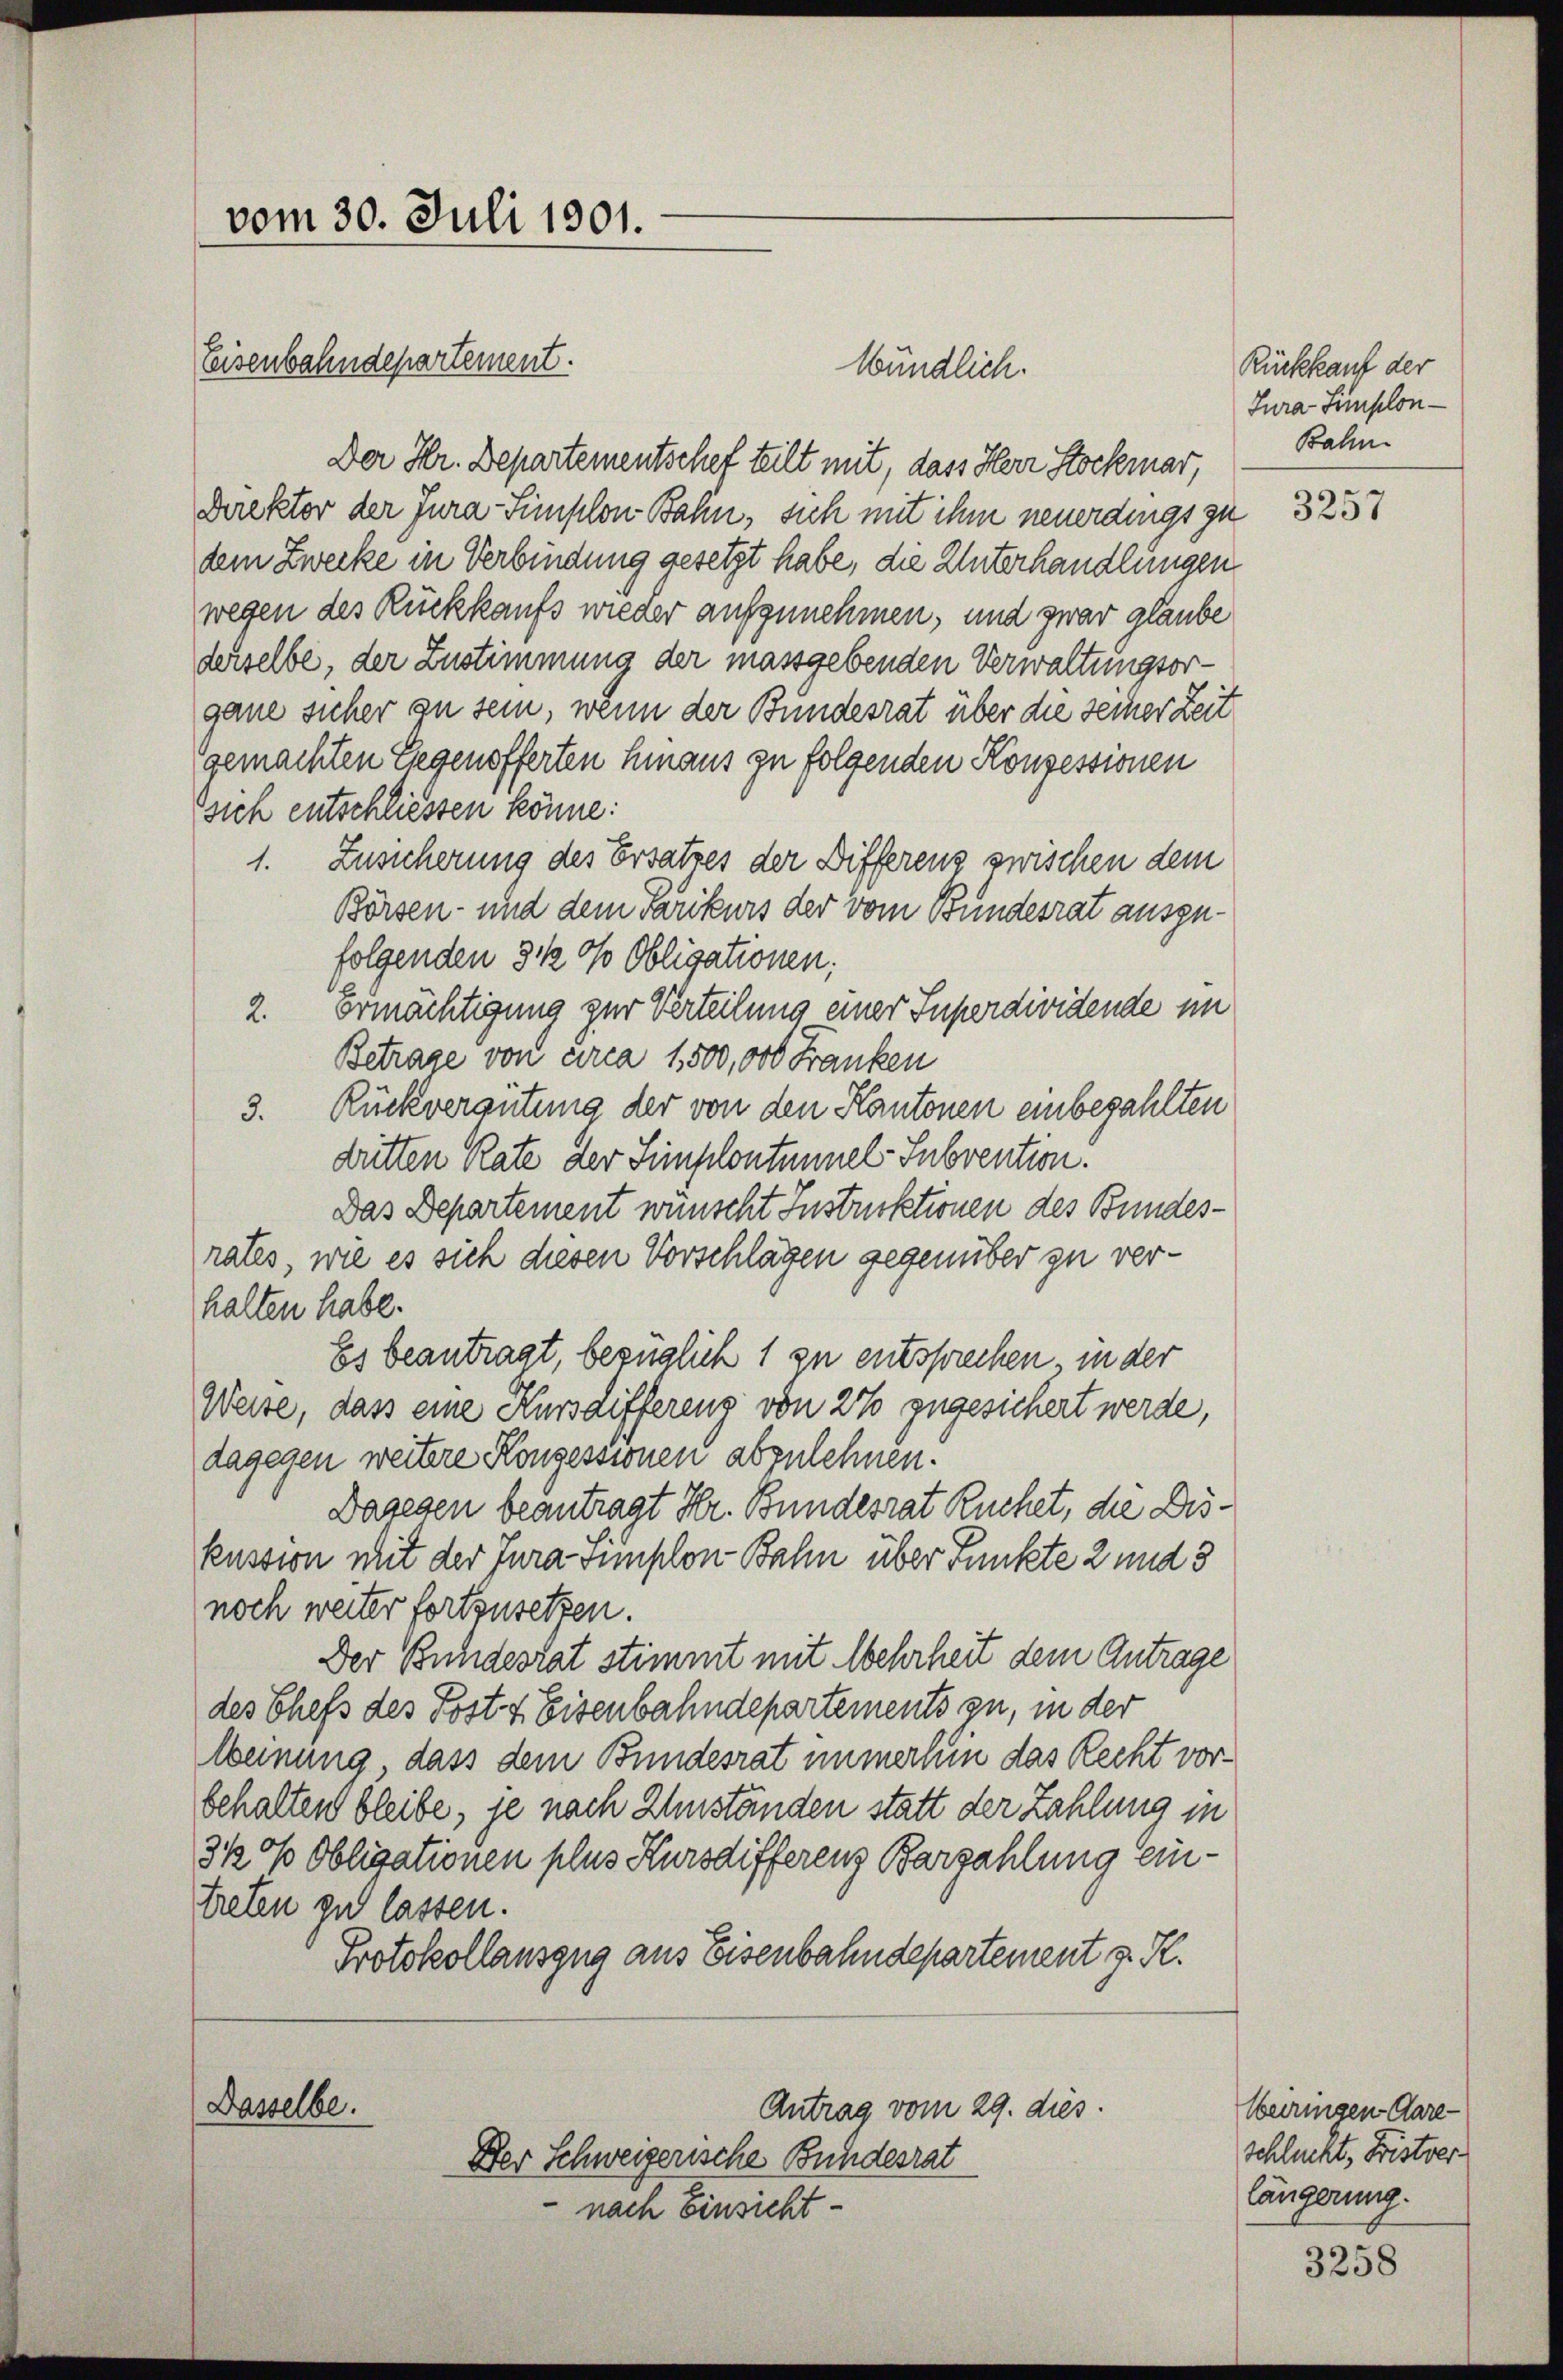
vom 30. Juli 1901.
Eisenbahndepartement.

Wündlich.
Der Hr. Departementschef teilt mit, dass Herr Stockmar,
Direktor der Jura-Simplon Bahn, sich mit ihm neuerdings zu
dem Zwecke in Verbindung gesetzt habe, die Unterhandlungen
wegen des Rückkaufs wieder aufzunehmen, und zwar glaube
derselbe, der Zustimmung der massgebenden Verwaltungsorgane sicher zu sein, wenn der Bundesrat über die seiner Zeit
gemachten Gegensfferten hinaus zu folgenden Konzessionen
sich entschliessen könne.
1. Zusicherung des Ersatzes der Differenz zwischen dem
Börsen- und dem Parikurs der vom Bundesrat ausgefolgenden 3 ½ 0/ Obligationen;
2. Ermächtigung zur Verteilung einer Superdividende im
Betrage von circa 1,500,000 Franken
3. Rückvergütung der von den Kantonen einbezahlten
dritten Rate der Simplontumsel-Subvention.
Das Departement wünscht Instruktionen des Bundesrates, wie es sich diesen Vorschlägen gegenüber zu verhalten habe.
Es beantragt, bezüglich 1 zu entsprechen in der
Weise, dass eine Kursdifferenz von 27 zugesichert werde,
dagegen weitere Konzessionen abzulehnen.
Dagegen beantragt Hr. Bundesrat Ruchet, die Diskussion mit der Jura Simplon Bahn über Punkte 2 und 3
noch weiter fortzusetzen.
Der Bundesrat stimmt mit Mehrheit dem Antrage
des Chefs des Post & Eisenbahndepartements zu, in der
Meinung, dass dem Bundesrat immerhin das Recht vorbehalten bleibe, je nach Zuständen statt der Zahlung in
3½ P Obligationen plus Kursdifferenz Barzahlung eintreten zu lassen.
Protokollauszug aus Eisenbahndepartement z. R.
Dasselbe.
Antrag vom 29. dies.
Der Schweizerische Bundesrat
nach Einsicht

Rückkauf der
Tura-Simplon-
Bahn.

3257

beiringen Gare
schluckt, Fristver
längerung.

3258